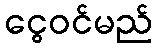
ငွေဝင်မည်